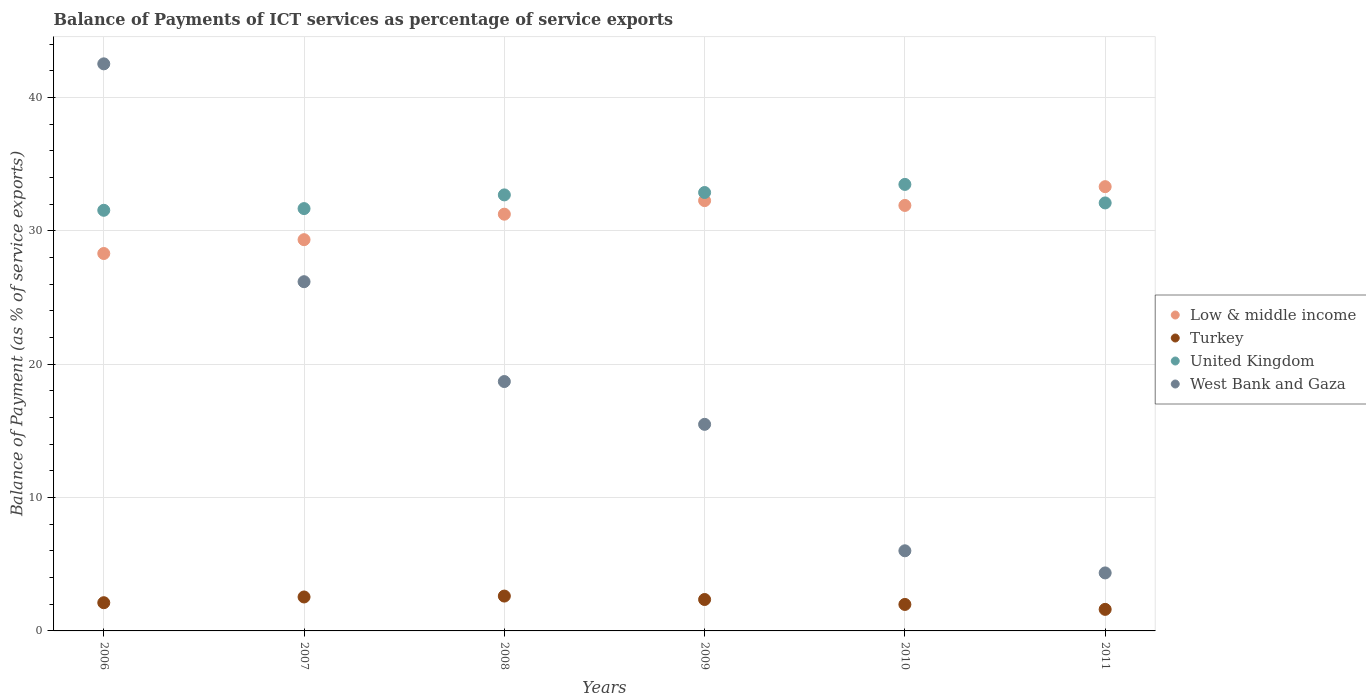
| Years | Low & middle income | Turkey | United Kingdom | West Bank and Gaza |
 | --- | --- | --- | --- | --- |
 | 2006 | 28.3 | 2.12 | 31.5 | 42.5 |
 | 2007 | 29.3 | 2.55 | 31.7 | 26.2 |
 | 2008 | 31.3 | 2.61 | 32.7 | 18.7 |
 | 2009 | 32.3 | 2.36 | 32.9 | 15.5 |
 | 2010 | 31.9 | 1.99 | 33.5 | 6.01 |
 | 2011 | 33.3 | 1.62 | 32.1 | 4.35 |